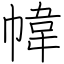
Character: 幃